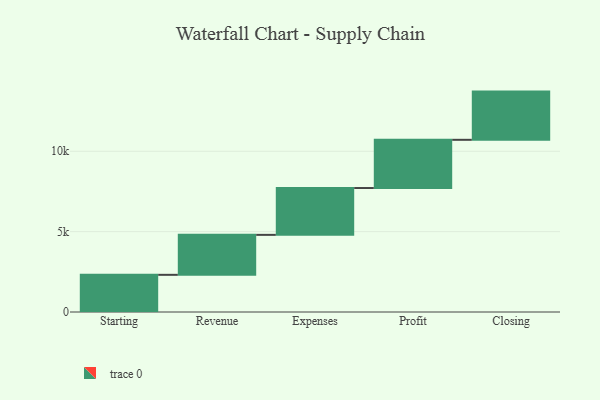
{"axis": {"x": "Step", "y": "Value"}, "legend": [""], "data": [{"x": "Starting", "y": 2313.0, "type": ""}, {"x": "Revenue", "y": 2487.0, "type": ""}, {"x": "Expenses", "y": 2914.0, "type": ""}, {"x": "Profit", "y": 3000, "type": ""}, {"x": "Closing", "y": 3000, "type": ""}]}